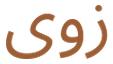
زوى